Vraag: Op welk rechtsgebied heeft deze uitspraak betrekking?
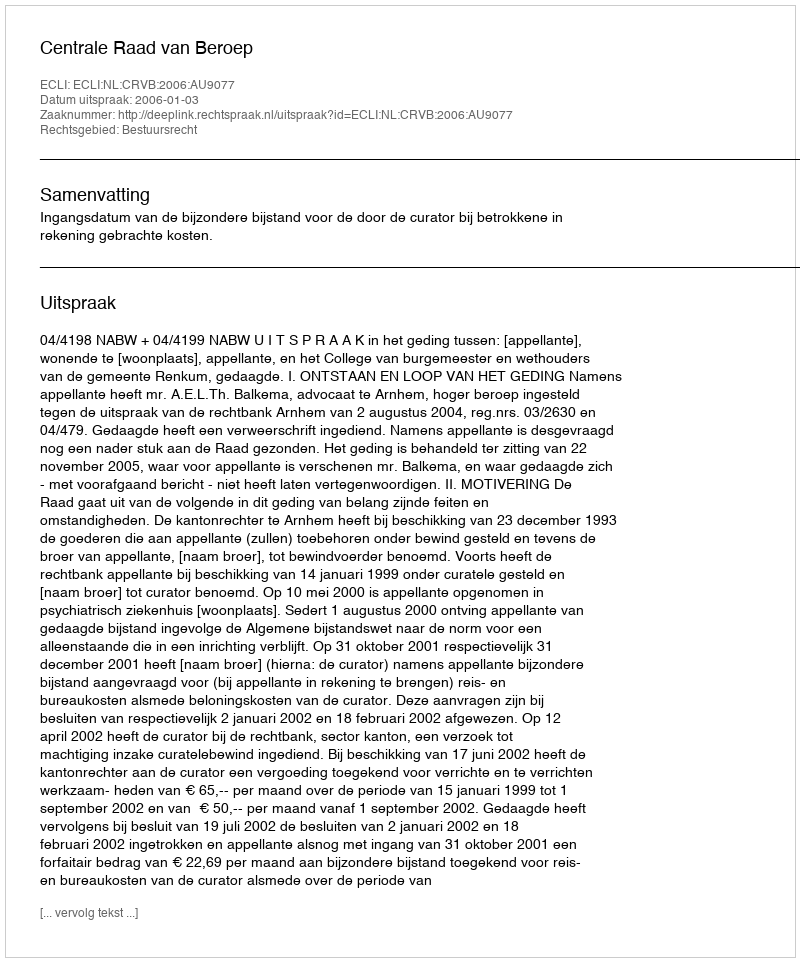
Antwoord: Bestuursrecht